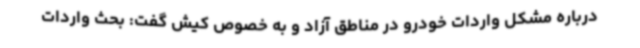
درباره مشکل واردات خودرو در مناطق آزاد و به خصوص کیش گفت: بحث واردات